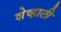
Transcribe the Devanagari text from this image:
शेव्हाली